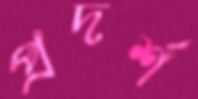
প্রদর্শ